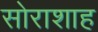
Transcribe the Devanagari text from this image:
सोराशाह